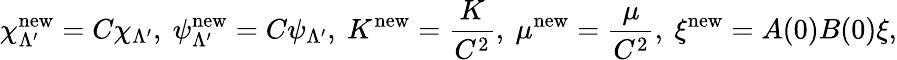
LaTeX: \chi_{\Lambda^{\prime}}^{\mathrm{new}}=C\chi_{\Lambda^{\prime}},~\psi_{\Lambda^{\prime}}^{\mathrm{new}}=C\psi_{\Lambda^{\prime}},~K^{\mathrm{new}}=\frac{K}{C^{2}},~\mu^{\mathrm{new}}=\frac{\mu}{C^{2}},~\xi^{\mathrm{new}}=A(0)B(0)\xi,